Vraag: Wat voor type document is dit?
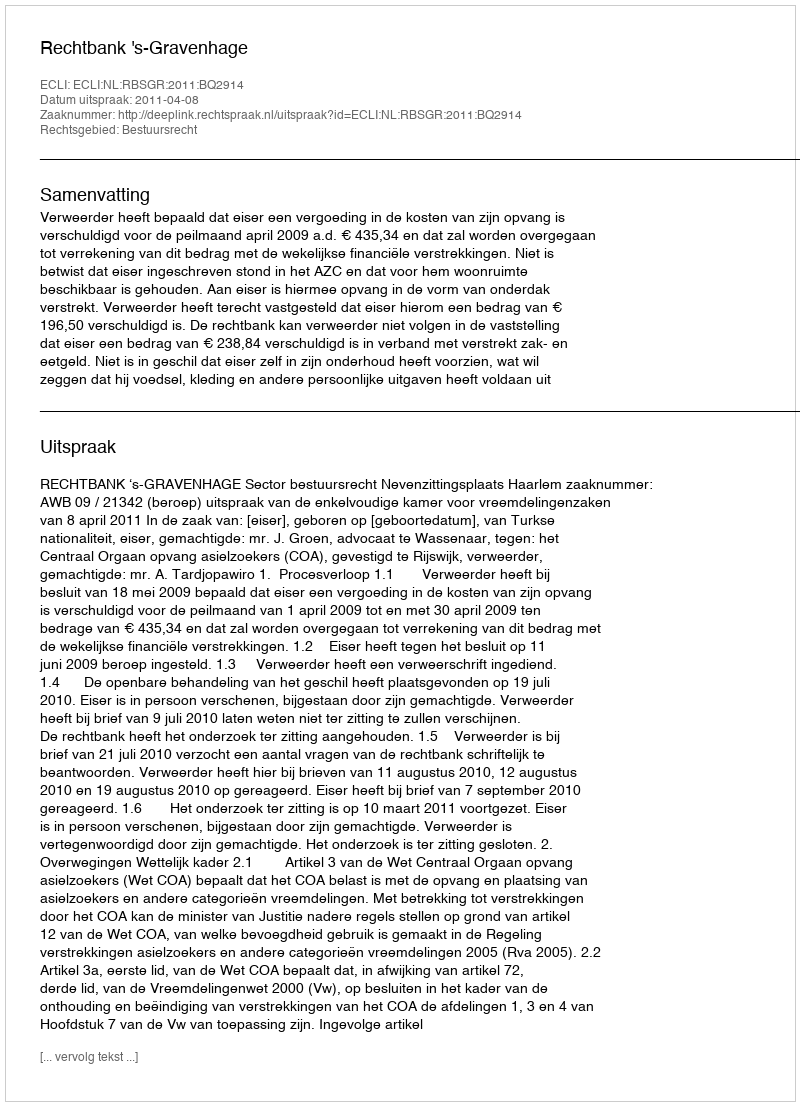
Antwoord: Uitspraak